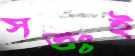
স্বতঃই